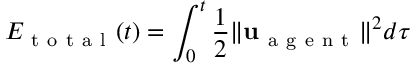
E _ { \mathrm { ~ t ~ o ~ t ~ a ~ l ~ } } ( t ) = \int _ { 0 } ^ { t } \frac { 1 } { 2 } \| \mathbf { u } _ { \mathrm { ~ a ~ g ~ e ~ n ~ t ~ } } \| ^ { 2 } d \tau